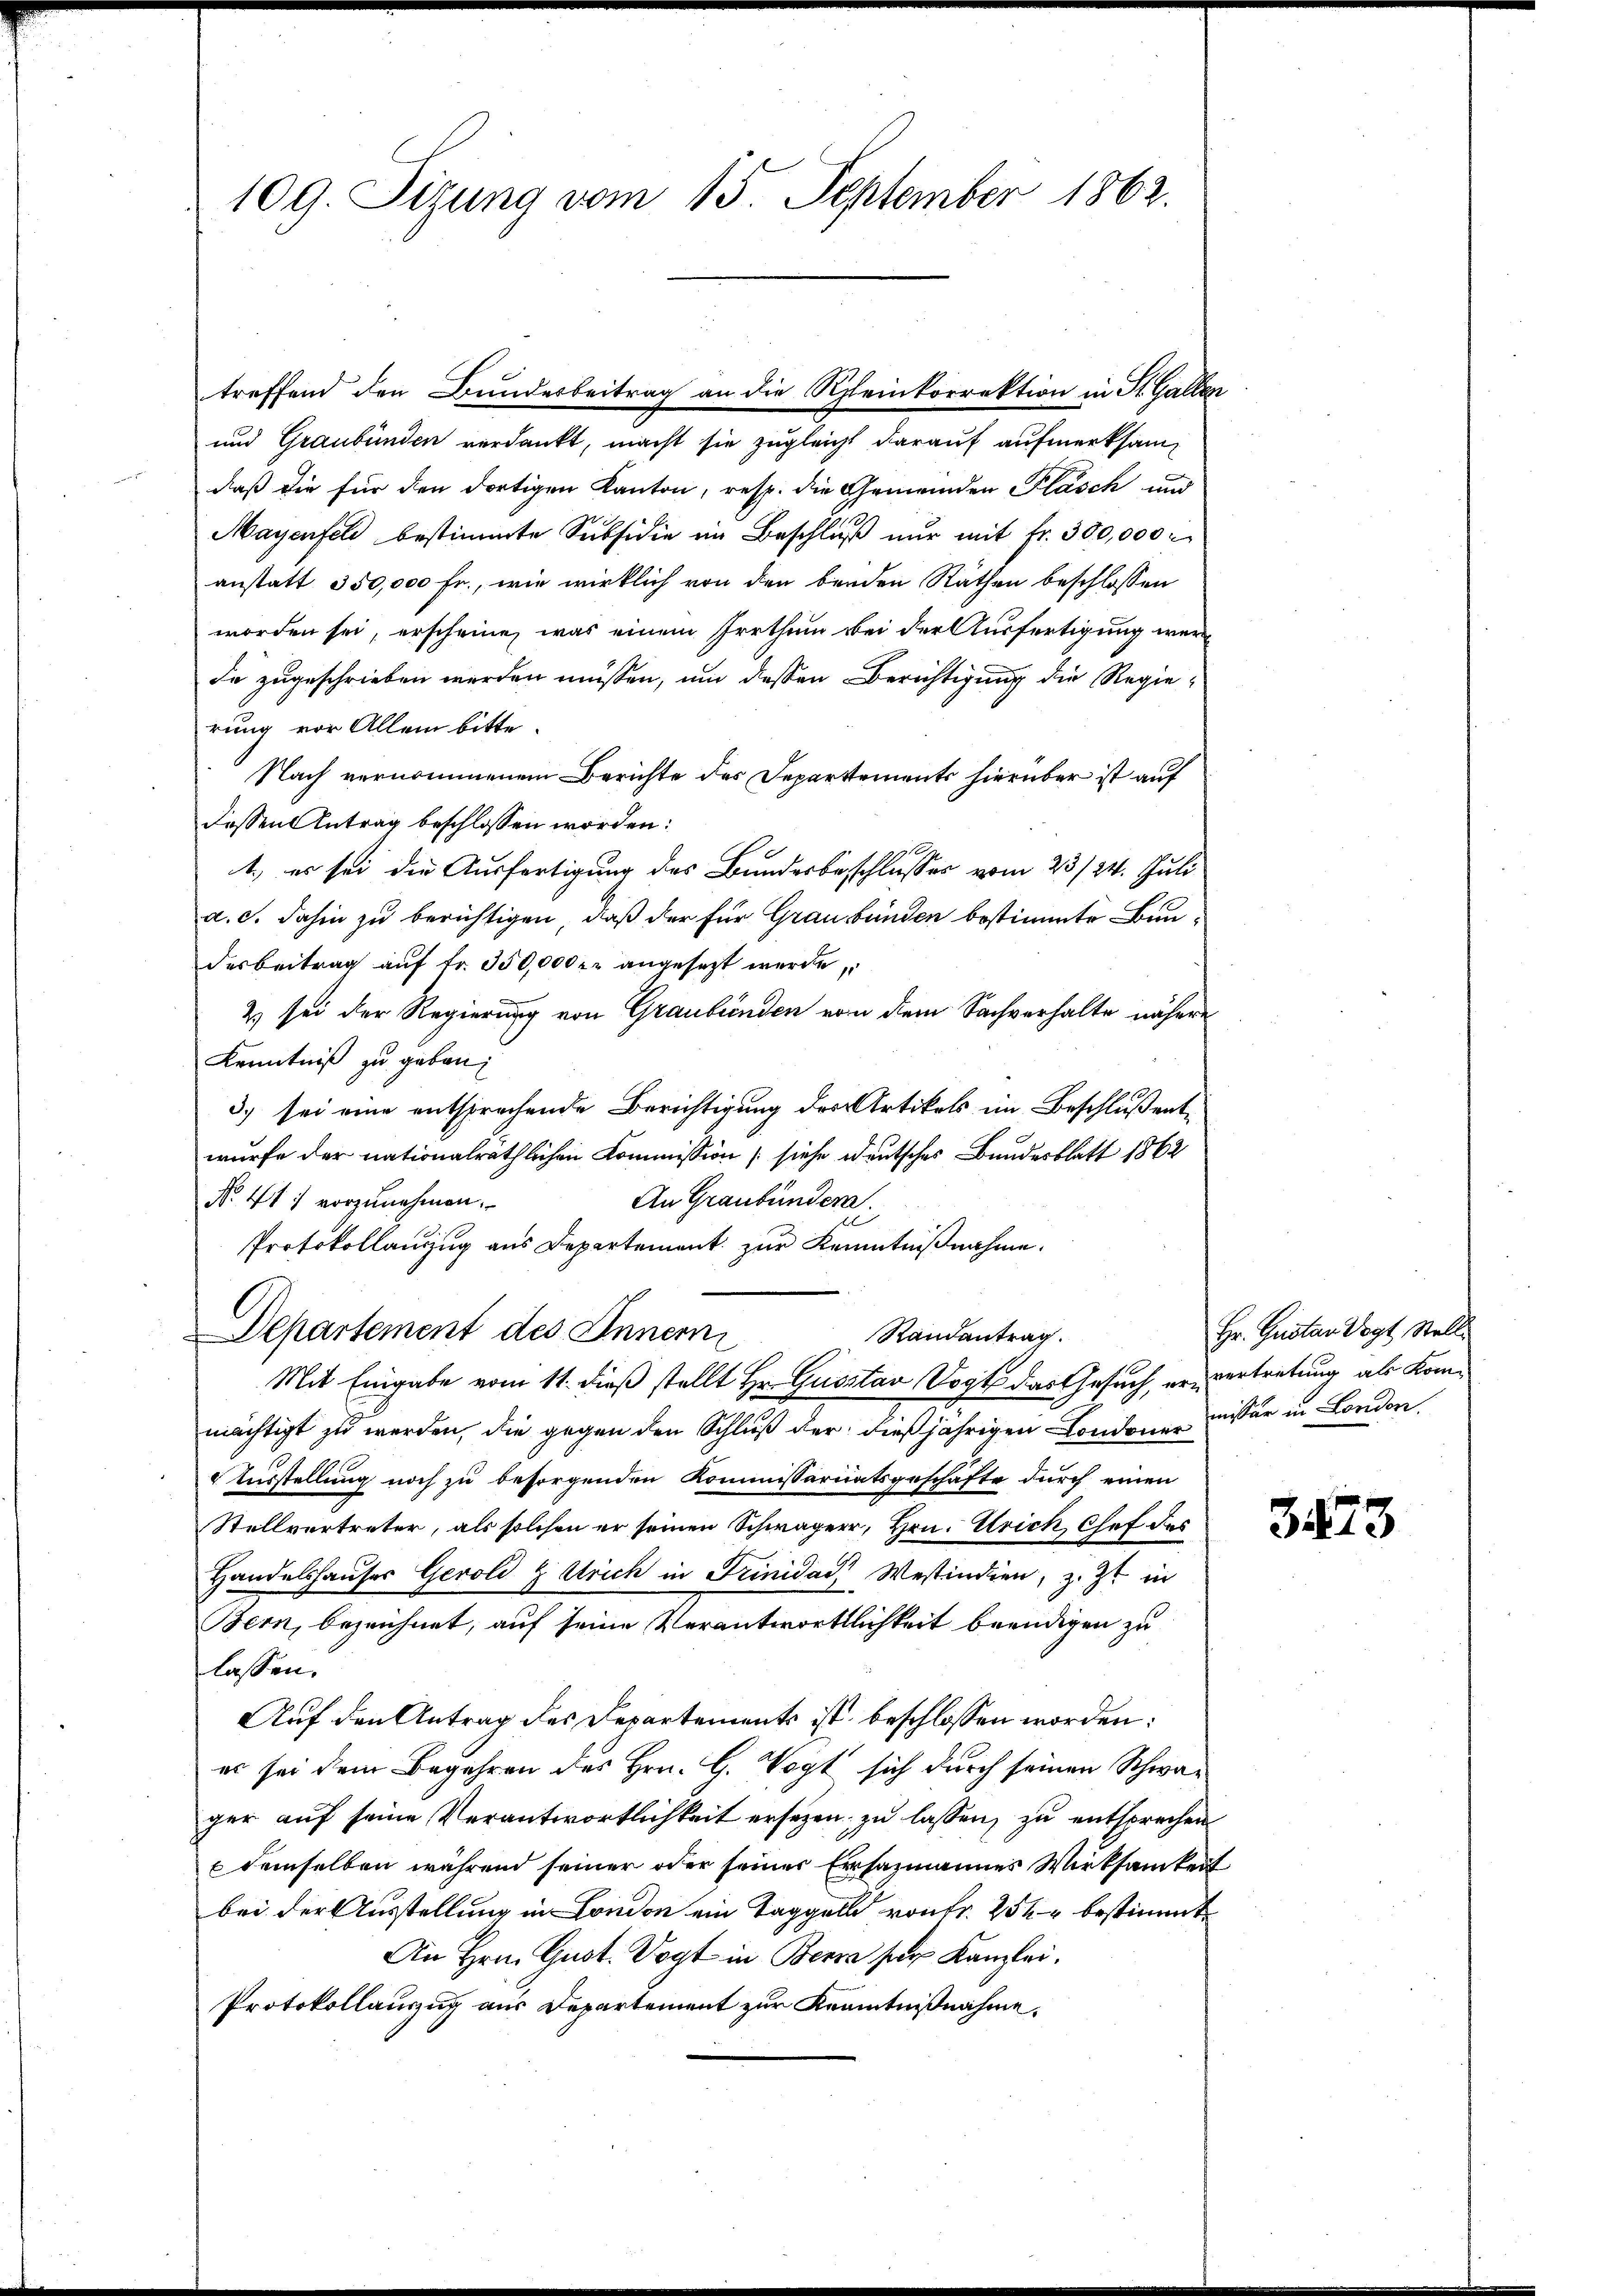
109. Sizung vom 15. September 1862.

und Graubünden verdankt, macht sie zugleicht darauf aufmerksamdaß die für den dortigen Kanton, resp. die Gemeinden Pläsch und
Mayenfeld bestimmte Subsidie in Beschluß nur mit fr. 300,000 r
anstatt 350,000 Fr., wie wirklich von den beiden Räthen beschlossen
worden sei, erscheine, was einem Irrthum bei der Ausfertigung werde zugeschrieben werden müssen, um dessen Berichtigung die Regierung vor Allem bitte.
Nach vernommenem Berichte des Departements hierüber ist auf
dessen Antrag beschlossen worden:
1., es sei die Ausfertigung des Bundesbeschlusses vom 23/24. Juli
a. c. dahin zu berichtigen, daß der für Graubünden bestimmte Bundesbeitrag auf Fr. 350,000 fr angesezt werde,
& sei der Regierung von Graubünden von dem Sachverhalte nähere
Kenntniß zu geben:
3) sei eine entsprechende Berichtigung des Artikels im Beschluß entwurfe der nationalräthlichen Kommission (siehe deutsches Bundesblatt 1862
No. 411 vorzunehmen.
An Graubünden.
Protokollauszug aus Departement zur Kenntnißnahme.
Departement des Inner
Randantrag.
Mit Eingabe vom 11. dieß stellt Hr. Gustav Vogt das Gesuch, er vertretung als Kommächtigt zu werden, die gegen den Schluß der dießjährigen Londoner miser in London
Ausstellung noch zu besorgenden Kommissariatsgeschäfte durch einen
Stellvertreter, als solchen er seinen Schwägerr, Hrn. Urick, Chef des
Handelshauser Gerold & Strich in Trinida Westindien, z. Zt. in
Bern, bezeichnet, auf seine Verantwortlichkeit beendigen zu
lassen.
Auf den Antrag des Departements ist beschlossen worden:
es sei dem Begehren des Hrn. G. Vogt sich durch seinen Schwarger auf seine Verantwortlichkeit ersezen, zu lassen, zu entsprechen
demselben während seiner oder seiner Ersazmannes Wirksamkeit
bei der Ausstellung in London ein Taggell von Fr. 252 bestimmt
An Hrn. Gust. Vogt in Berna ser Kanzlei.
Protokollauszug aus Departement zur Kenntnißnahme.

treffend den Bunderbeitrag an die Rheinkorrektion in St. Gallen

Hr. Gustan Vogt Stell

1

3473